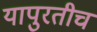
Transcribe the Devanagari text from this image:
यापुरतीच